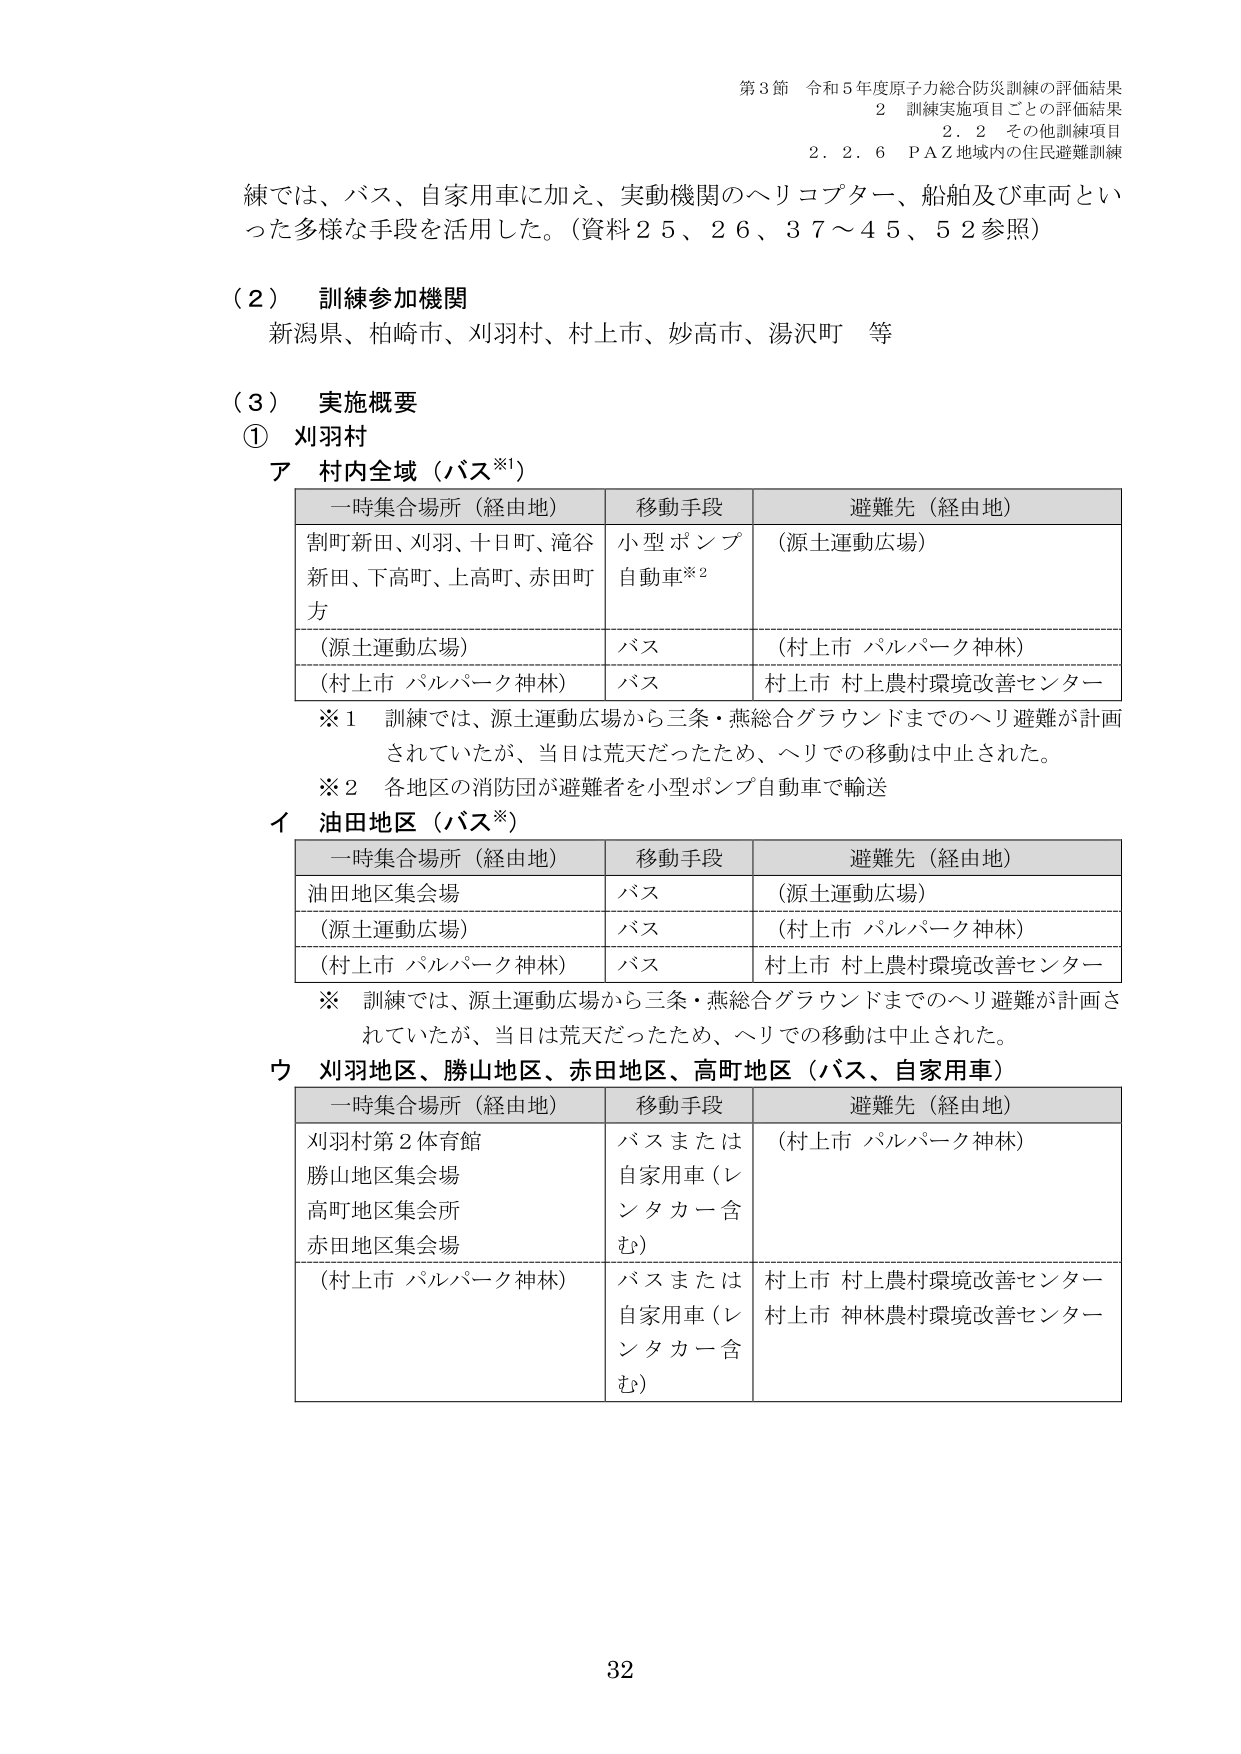
第3節 令和5年度原子力総合防災訓練の評価結果
2 訓練実施項目ごとの評価結果
2.2 その他訓練項目
2.2.6 P A Z地域内の住民避難訓練

練では、バス、自家用車に加え、実動機関のヘリコプター、船舶及び車両といった多様な手段を活用した。（資料25、26、37～45、52参照）

（2） 訓練参加機関
新潟県、柏崎市、刈羽村、村上市、妙高市、湯沢町 等

（3） 実施概要
① 刈羽村
ア 村内全域（バス※1）

| 一時集合場所（経由地） | 移動手段 | 避難先（経由地） |
|------------------------|----------|------------------|
| 割町新田、刈羽、十日町、滝谷新田、下高町、上高町、赤田町方 | 小型ポンプ自動車※2 | （源土運動広場） |
| （源土運動広場） | バス | （村上市 パルパーク神林） |
| （村上市 パルパーク神林） | バス | 村上市 村上農村環境改善センター |

※1 訓練では、源土運動広場から三条・燕総合グラウンドまでのヘリ避難が計画されていたが、当日は荒天だったため、ヘリでの移動は中止された。
※2 各地区の消防団が避難者を小型ポンプ自動車で輸送

イ 油田地区（バス※）

| 一時集合場所（経由地） | 移動手段 | 避難先（経由地） |
|------------------------|----------|------------------|
| 油田地区集会場 | バス | （源土運動広場） |
| （源土運動広場） | バス | （村上市 パルパーク神林） |
| （村上市 パルパーク神林） | バス | 村上市 村上農村環境改善センター |

※ 訓練では、源土運動広場から三条・燕総合グラウンドまでのヘリ避難が計画されていたが、当日は荒天だったため、ヘリでの移動は中止された。

ウ 刈羽地区、勝山地区、赤田地区、高町地区（バス、自家用車）

| 一時集合場所（経由地） | 移動手段 | 避難先（経由地） |
|------------------------|----------|------------------|
| 刈羽村第2体育館<br>勝山地区集会場<br>高町地区集会所<br>赤田地区集会場 | バスまたは自家用車（レンタカー含む） | （村上市 パルパーク神林） |
| （村上市 パルパーク神林） | バスまたは自家用車（レンタカー含む） | 村上市 村上農村環境改善センター<br>村上市 神林農村環境改善センター |

32